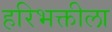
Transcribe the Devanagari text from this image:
हरिभक्तीला